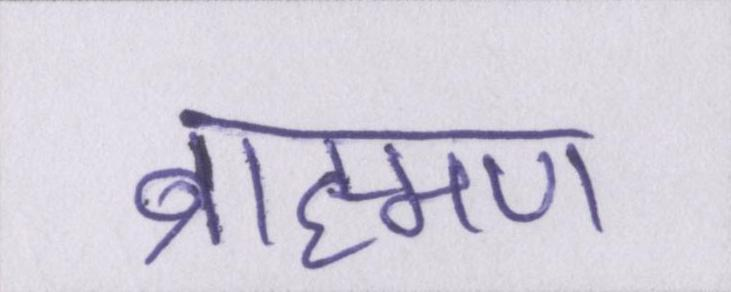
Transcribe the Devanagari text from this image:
ब्राह्मण